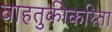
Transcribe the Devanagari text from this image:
वाहतुकीकरिता